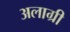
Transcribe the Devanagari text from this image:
अलाग्री